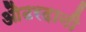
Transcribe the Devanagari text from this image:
औढरदानी